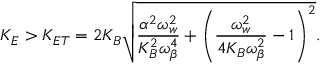
\centering K _ { E } > K _ { E T } = 2 K _ { B } \sqrt { \frac { \alpha ^ { 2 } \omega _ { w } ^ { 2 } } { K _ { B } ^ { 2 } \omega _ { \beta } ^ { 4 } } + \left( \frac { \omega _ { w } ^ { 2 } } { 4 K _ { B } \omega _ { \beta } ^ { 2 } } - 1 \right) ^ { 2 } } \mathrm { . }